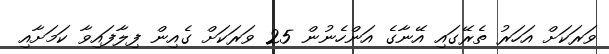
ވަރަކަށް އަހަރު ތެރޭގައި އޭނާގެ އަންހެނުން 25 ވަރަކަށް ގެއިން ފިލާފައިވާ ކަމަށާއި